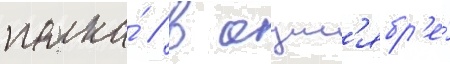
полка́ // В окт'ябр'е́